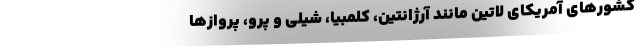
کشورهای آمریکای لاتین مانند آرژانتین، کلمبیا، شیلی و پرو، پروازها